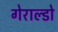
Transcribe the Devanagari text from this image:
गेराल्डो